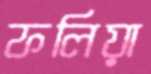
ফলিয়া